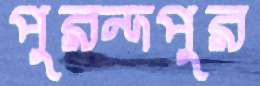
পুরন্দপুর